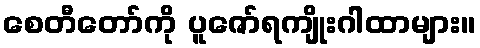
စေတီတော်ကို ပူဇော်ရကျိုးဂါထာများ။